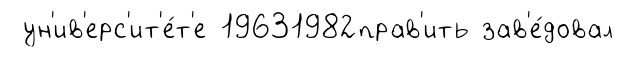
ун'ив'ерс'ит'е́т'е 19631982прав'ить зав'е́довал